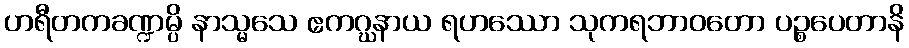
ဟရီတကခဏ္ဍမ္ပိ နာသ္မသေ ဧကဂ္ဃနာယ ရဟဿော သုကရဘာဝတော ပဉ္စပေတာနိ